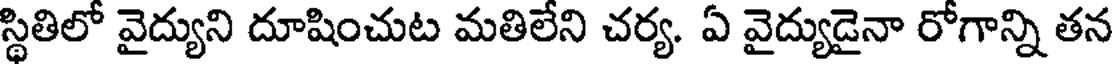
స్థితిలో వైద్యుని దూషించుట మతిలేని చర్య. ఏ వైద్యుడైనా రోగాన్ని తన